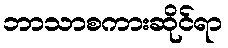
ဘာသာစကားဆိုင်ရာ